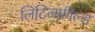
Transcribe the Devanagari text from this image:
लिटिलफ़ील्ड